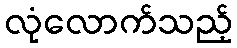
လုံလောက်သည့်